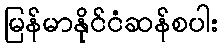
မြန်မာနိုင်ငံဆန်စပါး